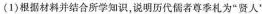
(1)根据材料并结合所学知识，说明历代儒者尊季札为“贤人”